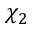
\chi _ { 2 }